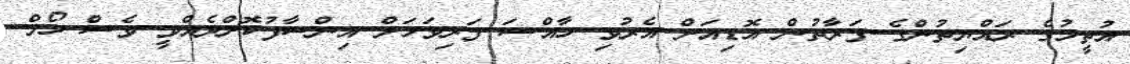
އުތީމުގެ ރައްޔިތުންގެ ފަރާތުން އޮޑިއަށް އެރުވި ހާއްސަ ފަރިވަޅަށް އިންސާފުކޮށްދެއްވީ ވެސް ހޯމް